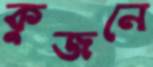
কুজনে